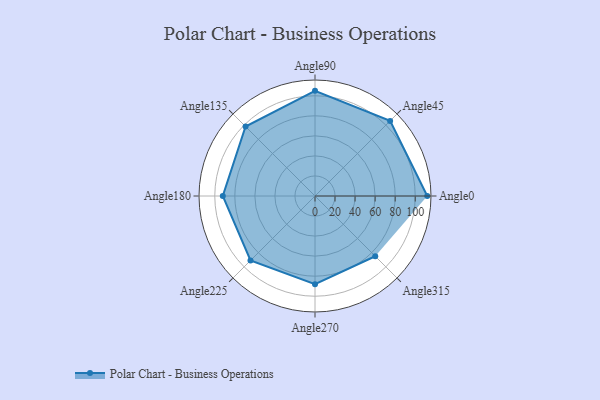
{"axis": {"x": "Angle", "y": "Radius"}, "legend": [""], "data": [{"x": "Angle0", "y": 112.0, "type": ""}, {"x": "Angle45", "y": 106.0, "type": ""}, {"x": "Angle90", "y": 105.0, "type": ""}, {"x": "Angle135", "y": 98.0, "type": ""}, {"x": "Angle180", "y": 92.0, "type": ""}, {"x": "Angle225", "y": 91.0, "type": ""}, {"x": "Angle270", "y": 88.0, "type": ""}, {"x": "Angle315", "y": 85.0, "type": ""}]}